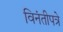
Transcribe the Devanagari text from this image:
विनंतीपत्रे